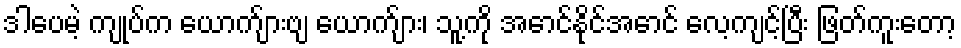
ဒါပေမဲ့ ကျုပ်က ယောက်ျားဗျ ယောက်ျား၊ သူ့ကို အောင်နိုင်အောင် လေ့ကျင့်ပြီး ဖြတ်ကူးတော့